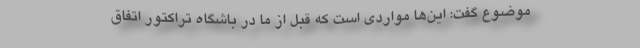
موضوع گفت: این‌ها مواردی است که قبل از ما در باشگاه تراکتور اتفاق